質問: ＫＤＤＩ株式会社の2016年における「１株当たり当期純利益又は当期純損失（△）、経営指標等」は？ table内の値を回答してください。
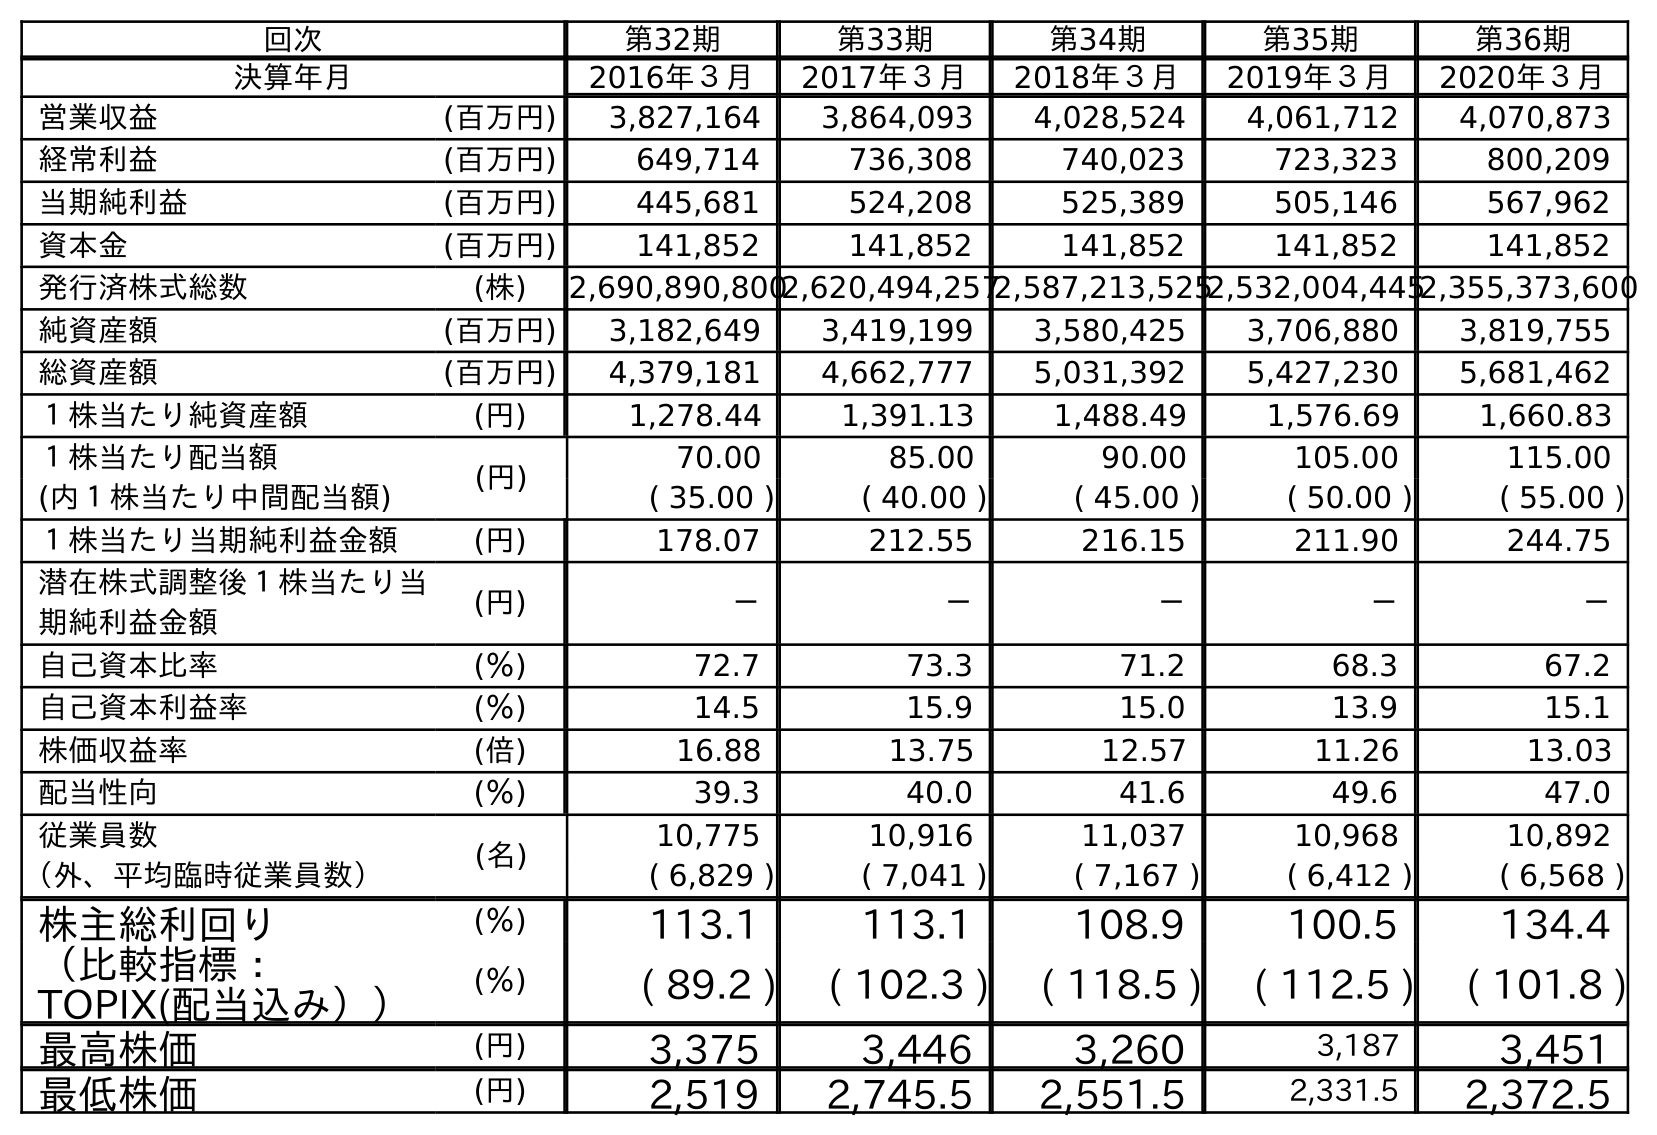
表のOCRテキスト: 回次 第32期 第33期 第34期 第35期 第36期 決算年月 2016年３月 2017年３月 2018年３月 2019年３月 2020年３月 営業収益 (百万円) 3,827,164 3,864,093 4,028,524 4,061,712 4,070,873 経常利益 (百万円) 649,714 736,308 740,023 723,323 800,209 当期純利益 (百万円) 445,681 524,208 525,389 505,146 567,962 資本金 (百万円) 141,852 141,852 141,852 141,852 141,852 発行済株式総数 (株) 2,690,890,8002,620,494,2572,587,213,5252,532,004,4452,355,373,600 純資産額 (百万円) 3,182,649 3,419,199 3,580,425 3,706,880 3,819,755 総資産額 (百万円) 4,379,181 4,662,777 5,031,392 5,427,230 5,681,462 １株当たり純資産額 (円) 1,278.44 1,391.13 1,488.49 1,576.69 1,660.83 １株当たり配当額 (円) 70.00 85.00 90.00 105.00 115.00 (内１株当たり中間配当額) ( 35.00 ) ( 40.00 ) ( 45.00 ) ( 50.00 ) ( 55.00 ) １株当たり当期純利益金額 (円) 178.07 212.55 216.15 211.90 244.75 潜在株式調整後１株当たり当 期純利益金額 (円) － － － － － 自己資本比率 (％) 72.7 73.3 71.2 68.3 67.2 自己資本利益率 (％) 14.5 15.9 15.0 13.9 15.1 株価収益率 (倍) 16.88 13.75 12.57 11.26 13.03 配当性向 (％) 39.3 40.0 41.6 49.6 47.0 従業員数 (名) 10,775 10,916 11,037 10,968 10,892 （外、平均臨時従業員数） ( 6,829 ) ( 7,041 ) ( 7,167 ) ( 6,412 ) ( 6,568 ) 株主総利回り (％) 113.1 113.1 108.9 100.5 134.4 （比較指標： TOPIX(配当込み）） (％) ( 89.2 ) ( 102.3 ) ( 118.5 ) ( 112.5 ) ( 101.8 ) 最高株価 (円) 3,375 3,446 3,260 3,187 3,451 最低株価 (円) 2,519 2,745.5 2,551.5 2,331.5 2,372.5
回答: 178.07